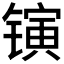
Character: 𬭰